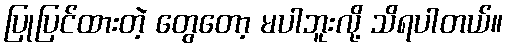
ပြုပြင်ထားတဲ့ တွေတော့ မပါဘူးလို့ သိရပါတယ်။